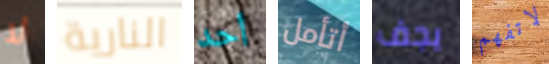
لا النارية أحد أتأمل يجف لاتفهم